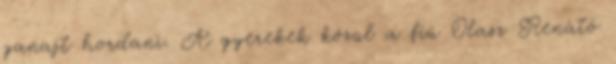
ganajt hordani. A gyerekek közül a fiú Olasz Renátó